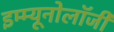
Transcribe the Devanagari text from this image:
इम्म्यूनोलॉजी